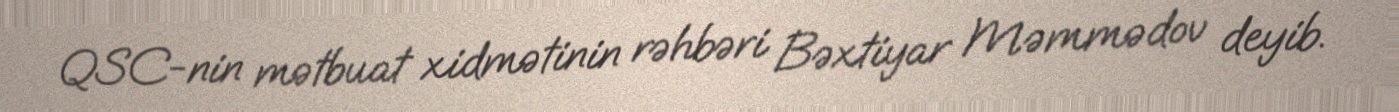
QSC-nin mətbuat xidmətinin rəhbəri Bəxtiyar Məmmədov deyib.